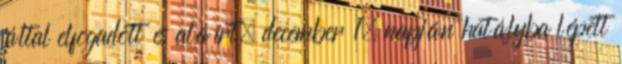
által elfogadott és aláírt, december 1. napján hatályba lépett